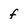
Character: f